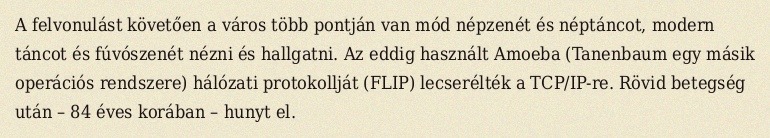
A felvonulást követően a város több pontján van mód népzenét és néptáncot, modern táncot és fúvószenét nézni és hallgatni. Az eddig használt Amoeba (Tanenbaum egy másik operációs rendszere) hálózati protokollját (FLIP) lecserélték a TCP/IP-re. Rövid betegség után – 84 éves korában – hunyt el.